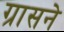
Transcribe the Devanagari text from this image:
ग्रासने